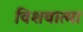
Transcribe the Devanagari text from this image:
विशवात्मा